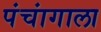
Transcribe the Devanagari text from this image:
पंचांगाला